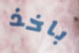
باخذ